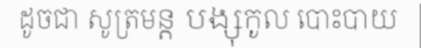
ដូចជា សូត្រមន្ត បង្សុកូល បោះបាយ